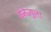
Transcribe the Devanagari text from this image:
वेनेज्युला